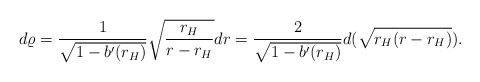
\begin{align*}d\varrho = {1\over\sqrt{1-b'(r_H)}}\sqrt{{r_H\over r-r_H}} dr = {2\over\sqrt{1-b'(r_H)}}d(\sqrt{r_H(r-r_H)}).\end{align*}